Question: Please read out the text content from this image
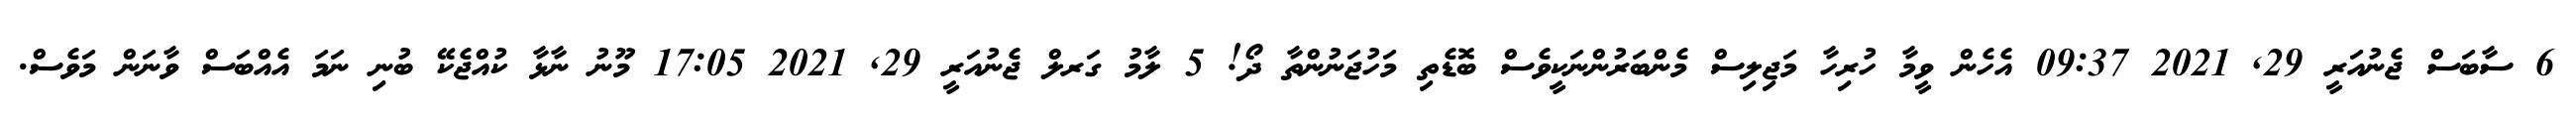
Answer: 6 ސާބަސް ޖެނުއަރީ 29, 2021 09:37 އެހެން ވީމާ ހުރިހާ މަޖިލިސް މެންބަރުންނަކީވެސް ބޮޑެތި މަހުޖަނުންތާ ދޯ! 5 ލާމު ގަރލް ޖެނުއަރީ 29, 2021 17:05 މޫނު ނާޅާ ކުއްޖެކޭ ބުނި ނަމަ އެއްބަސް ވާނަން މަވެސް.